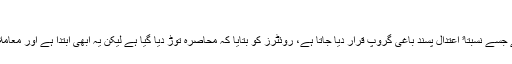
‘‘
ایک اور گروپ نے جسے نسبتاﹰ اعتدال پسند باغی گروپ قرار دیا جاتا ہے، روئٹرز کو بتایا کہ محاصرہ توڑ دیا گیا ہے لیکن یہ ابھی ابتدا ہے اور معاملات اتنے آسان نہیں۔